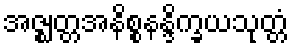
အဇ္ဈတ္တအနိစ္စနန္ဒိက္ခယသုတ္တံ